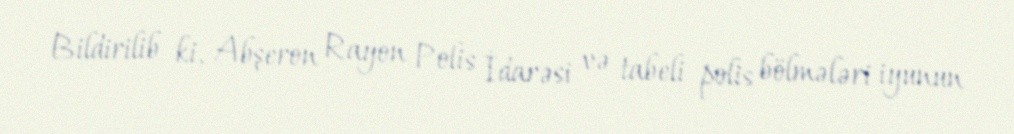
Bildirilib ki, Abşeron Rayon Polis İdarəsi və tabeli polis bölmələri iyunun